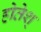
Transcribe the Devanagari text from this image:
होतेश्